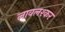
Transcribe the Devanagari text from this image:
लावलश्कर